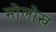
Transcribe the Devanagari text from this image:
मोलोख़